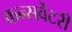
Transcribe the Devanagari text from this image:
कन्सर्वेटरी